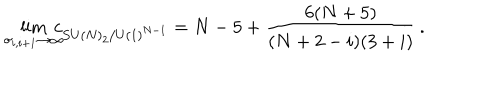
\lim _ { \sigma _ { i , i + 1 } \rightarrow \infty } \! \! \! \! c _ { S U ( N ) _ { 2 } / U ( 1 ) ^ { N - 1 } } = N - 5 + \frac { 6 ( N + 5 ) } { ( N + 2 - i ) ( 3 + i ) } \, .